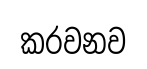
කරවනව